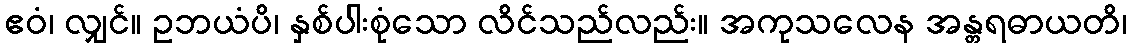
ဧဝံ၊ လျှင်။ ဥဘယံပိ၊ နှစ်ပါးစုံသော လိင်သည်လည်း။ အကုသလေန အန္တရဓာယတိ၊